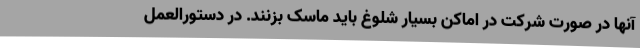
آنها در صورت شرکت در اماکن بسیار شلوغ باید ماسک بزنند. در دستورالعمل